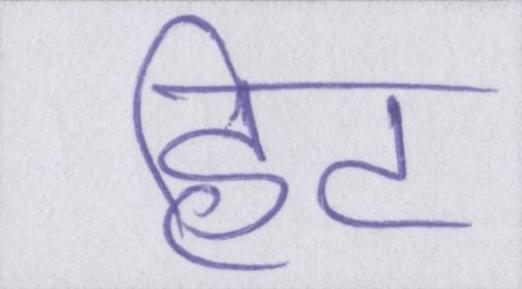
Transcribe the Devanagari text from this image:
हिट